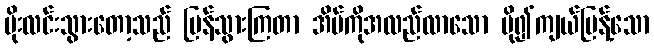
မိုးလင်းသွားတော့သည် ပြန်သွားကြတာ အိမ်ကိုအလည်လာသော ပို၍ကျယ်ပြန့်သော